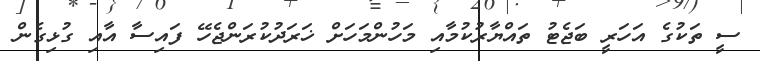
ސީ ތަކުގެ އަހަރީ ބަޖެޓު ތައްޔާރުކުމާއި މަހުންމަހަށް ޚަރަދުކުރަންޖެހޭ ފައިސާ އާއި ގުޅިގެން